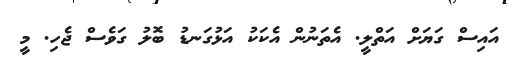
އައިސް ގަޔަށް އަތްލީ. އެތަނުން އެކަކު އަޅުގަނޑު ބޮލު ގަވެސް ޖެހި. މީ